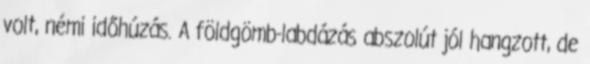
volt, némi időhúzás. A földgömb-labdázás abszolút jól hangzott, de